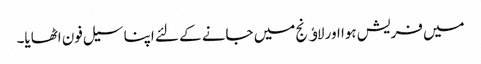
میں فریش ہوا اور لاﺅنج میں جانے کے لئے اپنا سیل فون اٹھایا۔